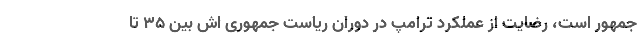
جمهور است، رضایت از عملکرد ترامپ در دوران ریاست جمهوری اش بین 35 تا